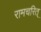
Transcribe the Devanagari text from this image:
रामचरित्